Punjab Mental Hospital Lahore 1932-46 - 1932-1946
Year: 1932
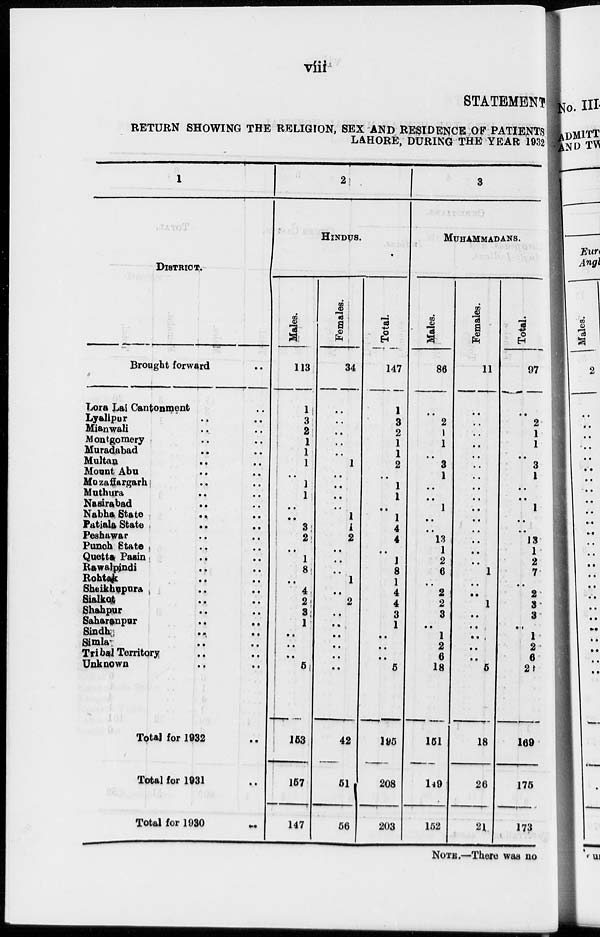
viii
STATEMENT
RETURN SHOWING THE RELIGION, SEX AND RESIDENCE OF PATIENTS
LAHORE, DURING THE YEAR 1932
1
DISTRICT.
Brought forward ..
Lora Lai Cantonment ..
Lyallpur .. ..
Mianwali .. ..
Montgomery .. ..
Muradabad .. ..
Multan .. ..
Mount Abu .. ..
Muzaffargarh .. ..
Muthura .. ..
Nasirabad .. ..
Nabha State .. ..
Patiala State .. ..
Peshawar .. ..
Punch State .. ..
Quetta Pasin .. ..
Rawalpindi .. ..
Rohtak .. ..
Sheikhupura .. ..
Sialkot .. ..
Shahpur .. ..
Saharanpur .. ..
Sindh .. ..
Simla .. ..
Tribal Territory .. ..
Unknown .. ..
Total for 1932 ..
Total for 1931 ..
Total for 1930 ..
2
HINDUS.
Males.
113
1
3
2
1
1
1
..
1
1
..
..
3
2
..
1
8
..
4
2
3
1
..
..
..
5
153
157
147
Females.
34
..
..
..
..
..
1
..
..
..
..
1
1
2
..
..
..
1
..
2
..
..
..
..
..
..
42
51
56
Total.
147
1
3
2
1
1
2
..
1
1
..
1
4
4
..
1
8
1
4
4
3
1
..
..
..
5
195
208
203
3
MUHAMMADANS.
Males.
86
..
2
1
1
..
3
1
..
..
1
..
..
13
1
2
6
..
2
2
3
..
1
2
6
18
151
149
152
Females.
11
..
..
..
..
..
..
..
..
..
..
..
..
..
..
..
1
..
..
1
..
..
..
..
..
5
18
26
21
Total.
97
..
2
1
1
..
3
1
..
..
1
..
..
13
1
2
7
..
2
3
3
..
1
2
6
23
169
175
173
NOTE.—There was no